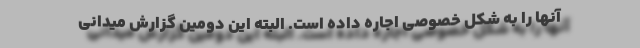
آنها را به شکل خصوصی اجاره داده است. البته این دومین گزارش میدانی